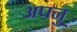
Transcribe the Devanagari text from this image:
अपनु